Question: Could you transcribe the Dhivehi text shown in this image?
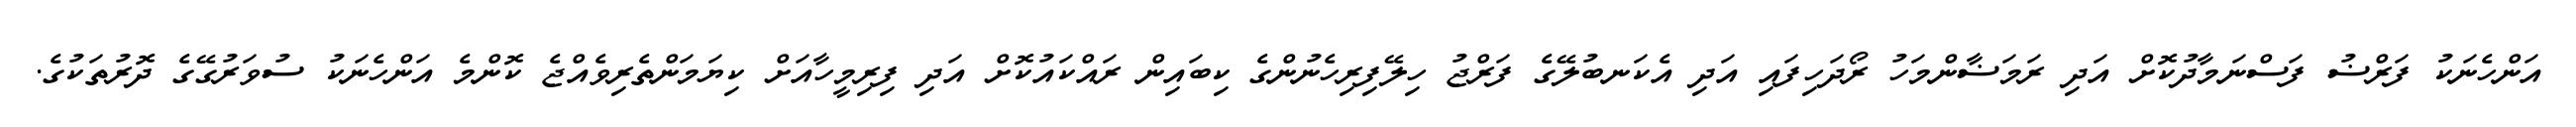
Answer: އަންހެނަކު ފަރްޟު ފަސްނަމާދުކޮށް އަދި ރަމަޟާންމަހު ރޯދަހިފައި އަދި އެކަނބުލޭގެ ފަރްޖު ހިލޭފިރިހެނުންގެ ކިބައިން ރައްކައުކޮށް އަދި ފިރިމީހާއަށް ކިޔަމަންތެރިވެއްޖެ ކޮންމެ އަންހެނަކު ސުވަރުގޭގެ ދޮރުތަކުގެ.